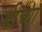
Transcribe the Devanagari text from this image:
बीच्या